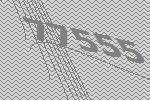
77555